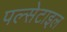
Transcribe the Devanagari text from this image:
पल्सेटाइल